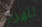
للهرب